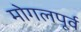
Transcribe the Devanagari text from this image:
मोगलपूर्व